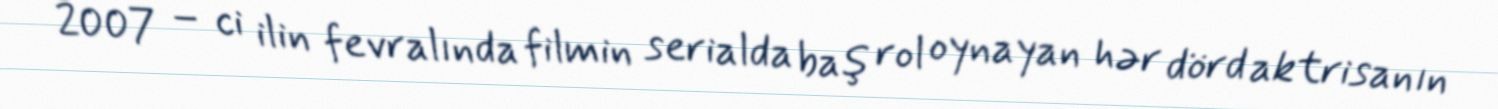
2007 – ci ilin fevralında filmin serialda baş rol oynayan hər dörd aktrisanın